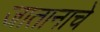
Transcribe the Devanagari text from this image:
जातानाचे